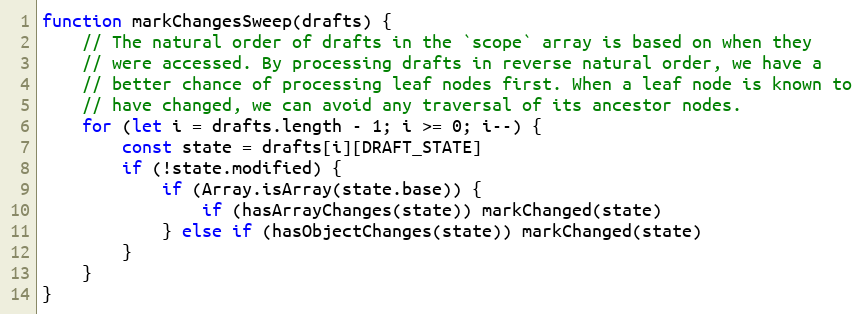
Language: JavaScript
function markChangesSweep(drafts) {
    // The natural order of drafts in the `scope` array is based on when they
    // were accessed. By processing drafts in reverse natural order, we have a
    // better chance of processing leaf nodes first. When a leaf node is known to
    // have changed, we can avoid any traversal of its ancestor nodes.
    for (let i = drafts.length - 1; i >= 0; i--) {
        const state = drafts[i][DRAFT_STATE]
        if (!state.modified) {
            if (Array.isArray(state.base)) {
                if (hasArrayChanges(state)) markChanged(state)
            } else if (hasObjectChanges(state)) markChanged(state)
        }
    }
}